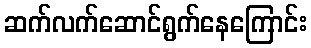
ဆက်လက်ဆောင်ရွက်နေကြောင်း